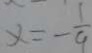
x = - \frac { 1 } { 9 }